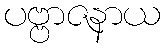
ပဗ္ဗာဇနာယ